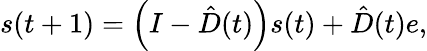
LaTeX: s(t+1)=\Big(I-\hat{D}(t)\Big)s(t)+\hat{D}(t)e,